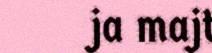
ja majt